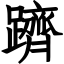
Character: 躋